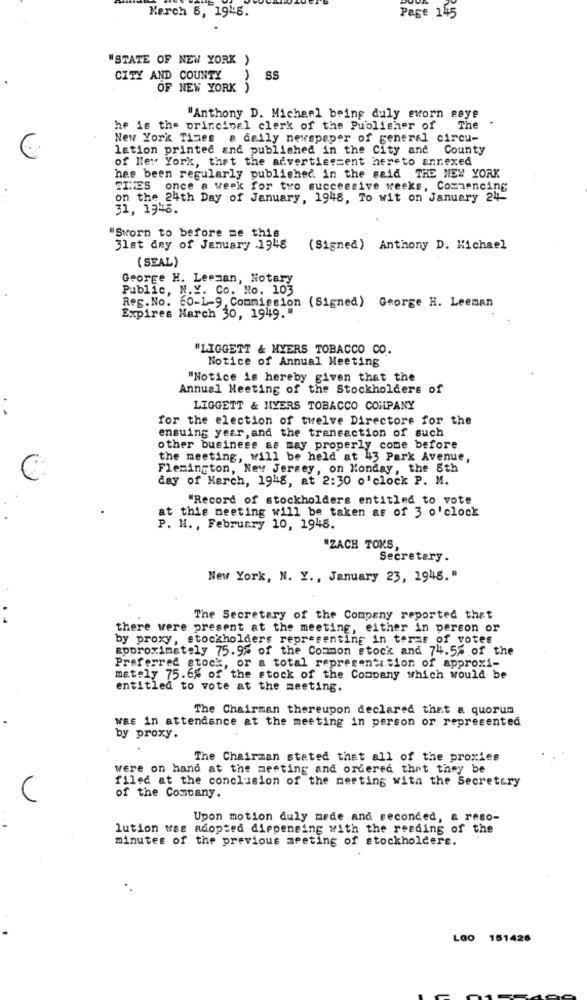
March 6, 1948.
Page 145
"STATE OF NEW YORK )
CITY AND COUNTY
SS
OF NEW YORK )
"Anthony D. Michael being duly evorn saye
he is the principal clerk of the Publisher of The
New York Times & daily newspaper of general circu-
lation printed and published in the City and County
of New York, that the advertisement hereto annexed
has been regularly published in the said THE NEW YORK
THIES once a week for two successive weeks, Commencing
...
on the 24th Day of January, 1945, To wit on January 24
31, 1946.
Sworn to before me this
3let dey of January 1948
(Signed) Anthony D. Michael
( SEAL)
George H. Leeman, Notary
Public, N.Y. Co. No. 103
Reg. No. 60-1-9, Commission (Signed) George H. Leeman
Expires March 30, 1949.
"LIGGETT & MYERS TOBACCO CO.
Notice of Annual Meeting
"Notice is hereby given that the
Annual Meeting of the Stockholders of
LIGGETT & MYERS TOBACCO COMPANY
for the election of twelve Directors for the
ensuing year, and the transaction of such
other business as may properly come before
the meeting, will be held at 413 Park Avenue,
C
Flemington, New Jersey, on Monday, the 8th
day of March, 1948, at 2:30 o'clock P. M.
"Record of stockholders entitled to vote
at this meeting will be taken as of 3 o'clock
P. H. , February 10, 1945.
"ZACH TOKS,
Secretary.
New York, N. Y ., January 23, 1948."
The Secretary of the Company reported that
there were present at the meeting, either in person or
by proxy, stockholders representing in terms of votes
approximately 75.9% of the Common stock and 74.5% of the
Preferred stock, or a total representation of approxi-
mately 75.6% of the stock of the Company which would be
entitled to vote at the meeting.
The Chairman thereupon declared that a quorum
WEE in attendance at the meeting in person or represented
by proxy.
The Chairman stated that all of the proxies
were on hand at the meeting and ordered that they be
filed at the conclusion of the meeting with the Secretary
of the Company.
Upon motion duly made and seconded, & reso-
lution was adopted dispensing with the reading of the
minutes of the previous meeting of stockholders.
Lao 151426